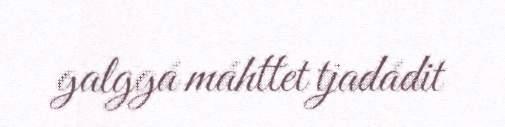
galggá máhttet tjadádit